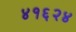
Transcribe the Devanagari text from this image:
४१६२४